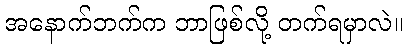
အနောက်ဘက်က ဘာဖြစ်လို့ တက်ရမှာလဲ။